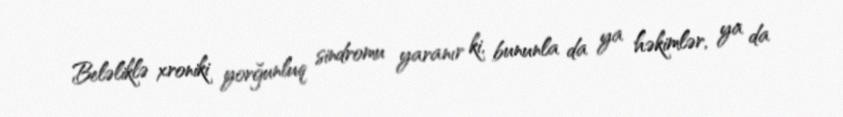
Beləliklə xroniki yorğunluq sindromu yaranır ki, bununla da ya həkimlər, ya da